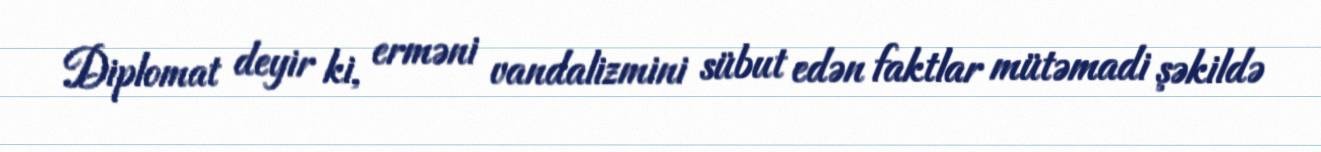
Diplomat deyir ki, erməni vandalizmini sübut edən faktlar mütəmadi şəkildə